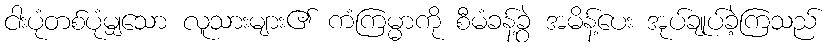
ငါးပုံတစ်ပုံမျှသော လူသားများ၏ ကံကြမ္မာကို စီမံခန့်ခွဲ အမိန့်ပေး အုပ်ချုပ်ခဲ့ကြသည်